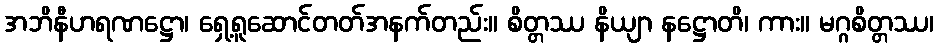
အဘိနီဟရဏဋ္ဌော၊ ရှေ့ရူဆောင်တတ်အနက်တည်း။ စိတ္တဿ နိယျာ နဋ္ဌောတိ၊ ကား။ မဂ္ဂစိတ္တဿ၊